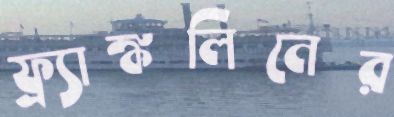
ফ্র্যাঙ্কলিনের